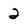
Character: 2